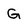
Character: G